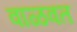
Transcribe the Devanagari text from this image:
वाळवत